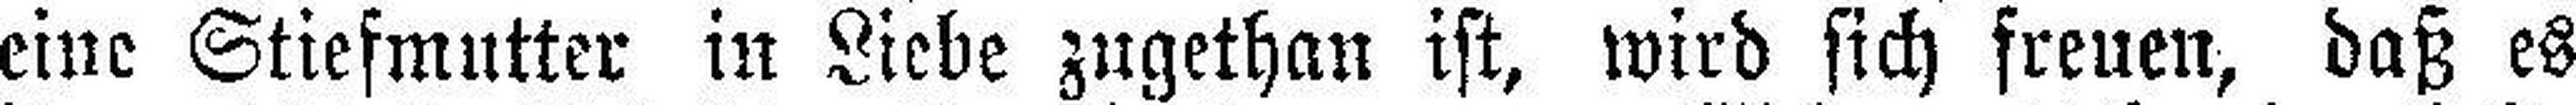
eine Stiefmutter in Liebe zugethan ist, wird sich freuen, daß es